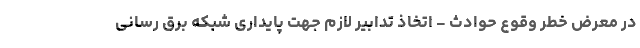
در معرض خطر وقوع حوادث - اتخاذ تدابیر لازم جهت پایداری شبکه برق رسانی